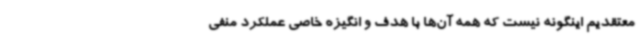
معتقدیم اینگونه نیست که همه آن‌ها با هدف و انگیزه خاصی عملکرد منفی